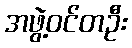
အဖွဲ့ဝင်တဦး